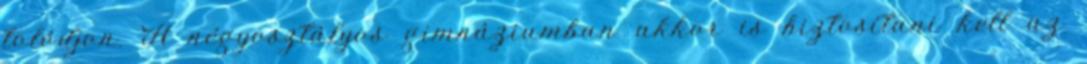
tolódjon. A négyosztályos gimnáziumban akkor is biztosítani kell az